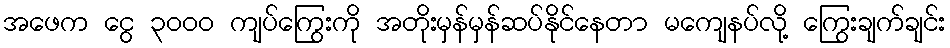
အဖေက ငွေ ၃၀၀၀ ကျပ်ကြွေးကို အတိုးမှန်မှန်ဆပ်နိုင်နေတာ မကျေနပ်လို့ ကြွေးချက်ချင်း